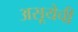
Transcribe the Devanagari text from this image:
असूयेची